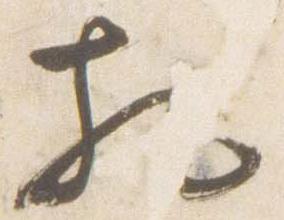
相